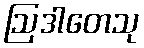
ဩဒါတေသု